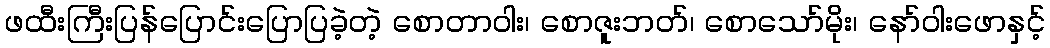
ဖထီးကြီးပြန်ပြောင်းပြောပြခဲ့တဲ့ စောတာဝါး၊ စောဇူးဘတ်၊ စောသော်မိုး၊ နော်ဝါးဖောနှင့်